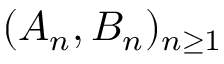
( A _ { n } , B _ { n } ) _ { n \ge 1 }